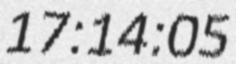
17:14:05